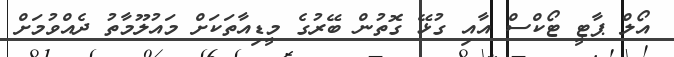
އޯލް ޕާޓީ ޓޯކްސް އާއި ގުޅޭ ގޮތުން ބޭރުގެ މީޑިއާތަކަށް މައުލޫމާތު ދެއްވުމަށް